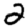
Digit: 2